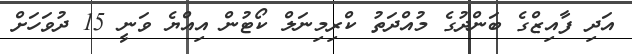
އަދި ފާއިޒްގެ ބަންދުގެ މުއްދަތު ކްރިމިނަލް ކޯޓުން އިއްޔެ ވަނީ 15 ދުވަހަށް